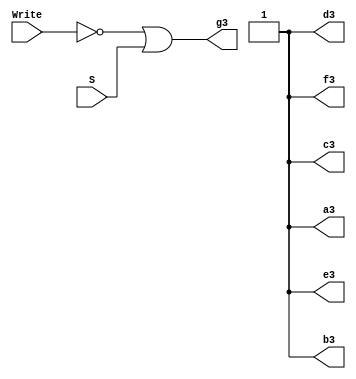
module SignDisplay(S,Write,a3,b3,c3,d3,e3,f3,g3);
input S,Write;
output a3,b3,c3,d3,e3,f3,g3;

assign a3=1;
assign b3=1;
assign c3=1;
assign d3=1;
assign e3=1;
assign f3=1;
assign g3=~Write | S;

endmodule